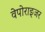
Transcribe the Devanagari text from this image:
वेपोराइजर